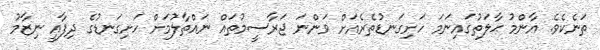
ތަނެކެވެ. އާންމު ޙާލަތުގައިނަމަ ހަށިގަނޑުތެރެއަށް ވަންނަ ޖަރާސީމުތައް ނައްތާލުމަށް ހަށިގަނޑުގެ ދިފާއީ ނިޒާމު